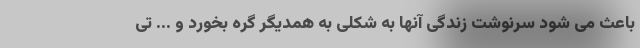
باعث می شود سرنوشت زندگی آنها به شکلی به همدیگر گره بخورد و ... تی